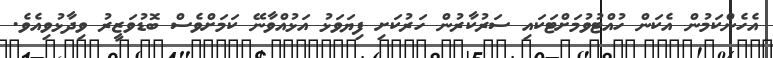
އެހެންކަމުން އެކަން ހުއްޓުވުމަށްޓަކައި ސަރުކާރުން ހަރުކަށި ފިޔަވަޅު އަޅުއްވާނޭ ކަމަށްވެސް ބޮޑުވަޒީރު ވިދާޅުވިއެވެ.